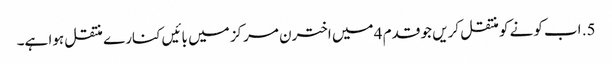
5. اب کونے کو منتقل کریں جو قدم 4 میں اخترن مرکز میں بائیں کنارے منتقل ہوا ہے۔